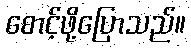
စောင့်ဖို့ပြောသည်။